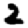
Digit: 2